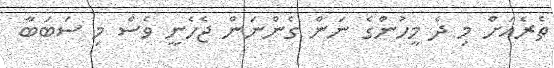
ތެރެއަށް މި ދެ މީހުންގެ ނަން ގެންނަން ޖެހެނީ ވެސް މި ސަބަބާ